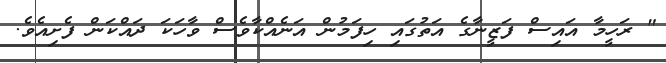
" ރަހީމާ އައިސް ފަޒީނާގެ އަތުގައި ހިފަމުން އަނެއްކާވެސް ވާހަކަ ދައްކަން ފެށިއެވެ.